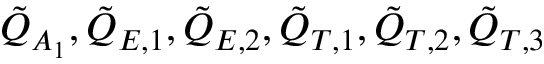
\tilde { Q } _ { A _ { 1 } } , \tilde { Q } _ { E , 1 } , \tilde { Q } _ { E , 2 } , \tilde { Q } _ { T , 1 } , \tilde { Q } _ { T , 2 } , \tilde { Q } _ { T , 3 }